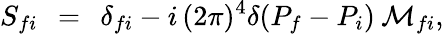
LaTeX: S_{fi}\: \: =\: \: \delta_{fi}-i\, (2\pi)^{4}\delta(P_{f}-P_{i})\: {\cal M}_{fi},